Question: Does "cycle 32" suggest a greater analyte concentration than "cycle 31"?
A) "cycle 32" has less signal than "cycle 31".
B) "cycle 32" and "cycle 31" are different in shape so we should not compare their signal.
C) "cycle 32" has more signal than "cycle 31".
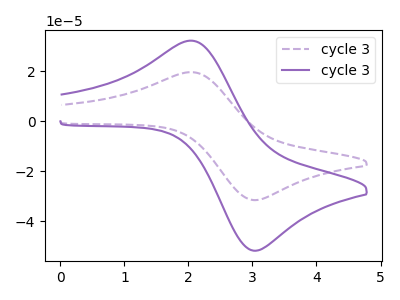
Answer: <think>The purple dashed curve "cycle 31" has an anodic peak at (2.05V, 19.65uA) and a cathodic peak at (3.05V, -31.55uA). The purple curve "cycle 32" has an anodic peak at (2.05V, 32.25uA) and a cathodic peak at (3.05V, -51.80uA).
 All the peaks in "cycle 32" have a peak in "cycle 31" at the same potential. Every peak in "cycle 32" is higher than every peak in "cycle 31".</think>
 <answer>C) "cycle 32" has more signal than "cycle 31".</answer>
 <eval>C</eval>